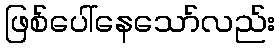
ဖြစ်ပေါ်နေသော်လည်း